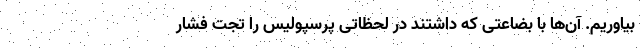
بیاوریم. آن‌ها با بضاعتی که داشتند در لحظاتی پرسپولیس را تجت فشار